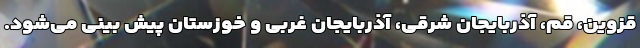
قزوین، قم، آذربایجان شرقی، آذربایجان غربی و خوزستان پیش بینی می‌شود.